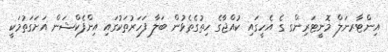
އިންޓާރނަލް މޮނީޓަރިންގ ގެ އެހީގައި ކުއްޖާގެ ހިތުގެތެޅުން ބަލާ ފަހަރުތަކުގައި އިންފެކްޝަން އަށަގަތުމަކީ